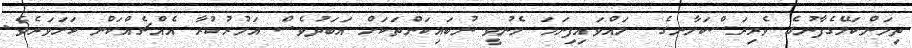
ތިމަންކަލޭގެފާނުގެ ވެރިރަސްކަލާނގެ  ލައްވައިފިނަމަ މެނުވީ ނުބައިކަންތަކަށް އަބަދުވެސް އަމުރުކުރާ އެއްޗެއްކަން ކަށަވަރެވެ.